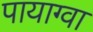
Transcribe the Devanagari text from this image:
पायाग्वा